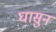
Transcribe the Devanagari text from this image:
घासुन